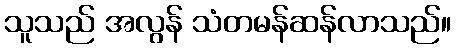
သူသည် အလွန် သံတမန်ဆန်လာသည်။